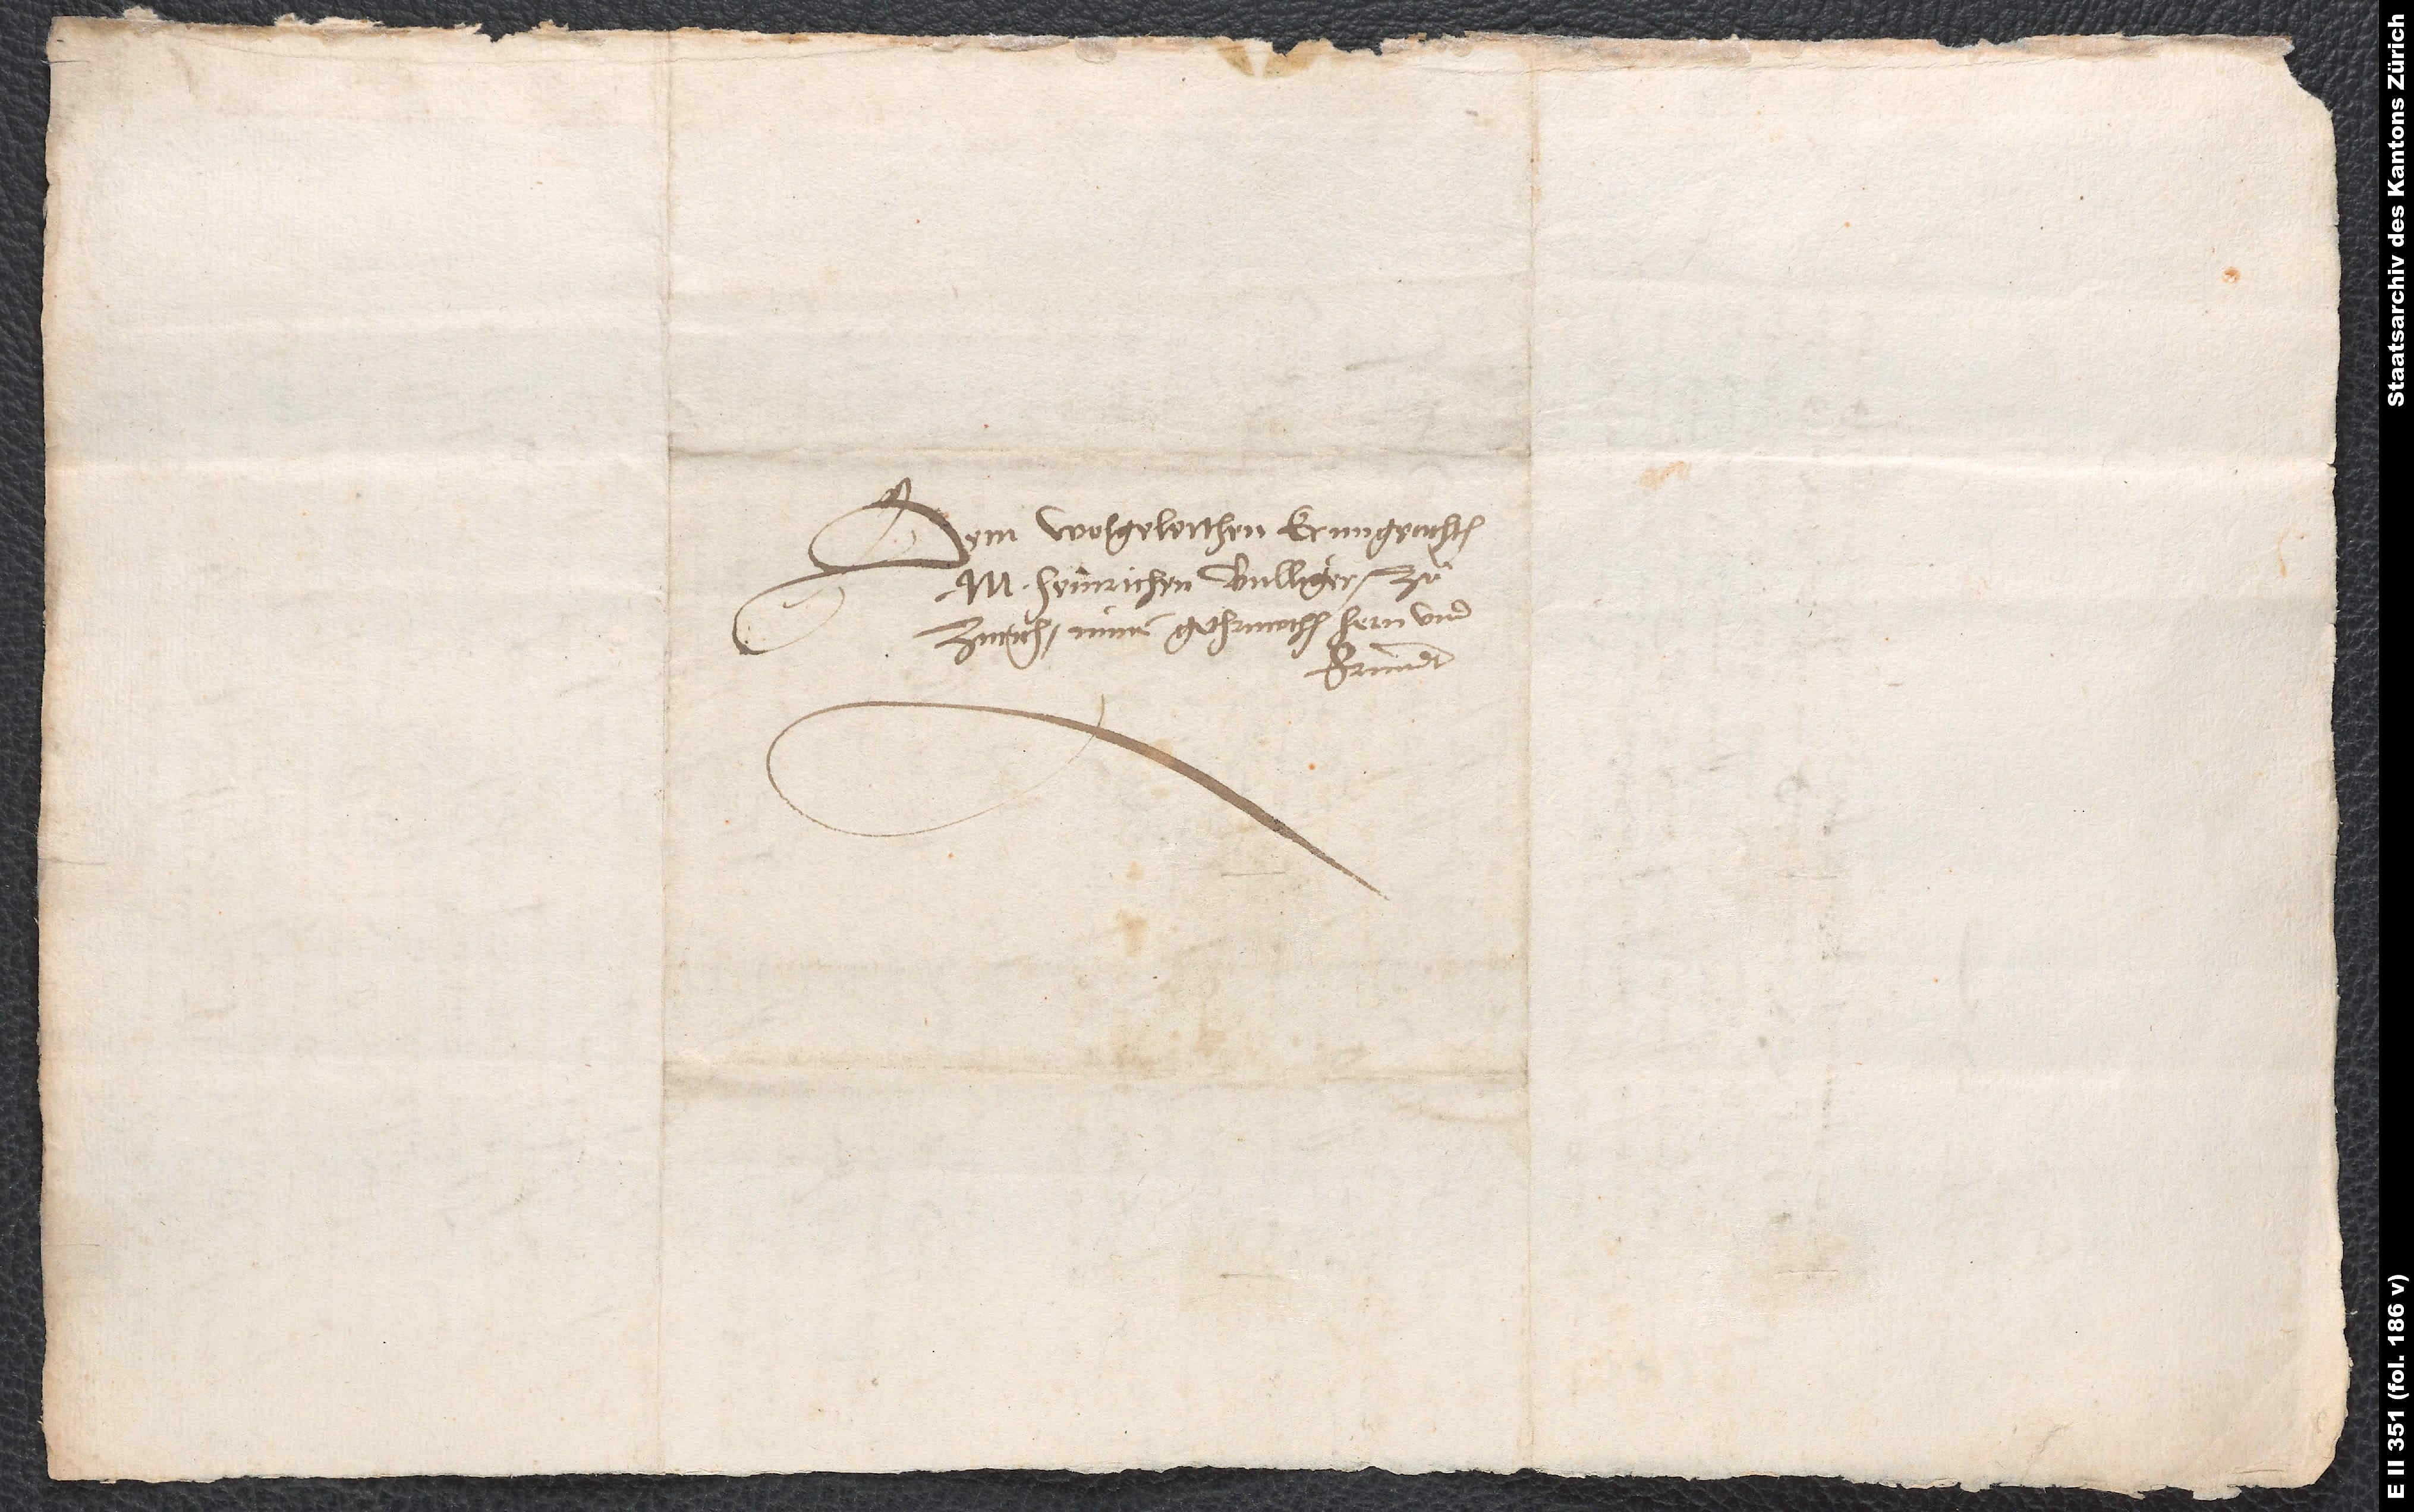
Dem wolgelerthen, ernngeachten
M. Heinrichen Bulliger zuͦ
Zurich, minem gethruwthen hern und
fründt.